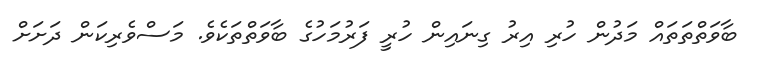
ބާވަތްތަތައް މަދުން ހުރި އިރު ގިނައިން ހުރީ ފަރުމަހުގެ ބާވަތްތަކެވެ. މަސްވެރިކަން ދަށަށް